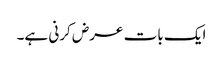
ایک بات عرض کرنی ہے۔